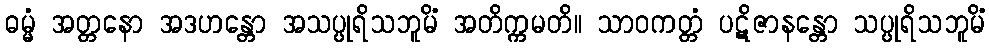
ဓမ္မံ အတ္တနော အဒဟန္တော အသပ္ပုရိသဘူမိံ အတိက္ကမတိ။ သာဝကတ္တံ ပဋိဇာနန္တော သပ္ပုရိသဘူမိံ